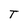
Character: T